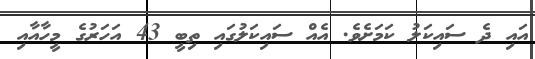
އައި ދެ ސައިކަލު ކަމަށެވެ. އެއް ސައިކަލުގައި ތިބީ 43 އަހަރުގެ މީހާއާއި